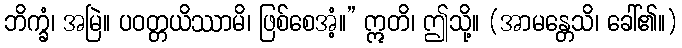
ဘိက္ခံ၊ အမြဲ။ ပဝတ္တယိဿာမိ၊ ဖြစ်စေအံ့။” ဣတိ၊ ဤသို့။ (အာမန္တေသိ၊ ခေါ်၏။)